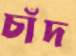
চাঁদ